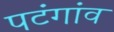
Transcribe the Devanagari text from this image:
पटंगांव